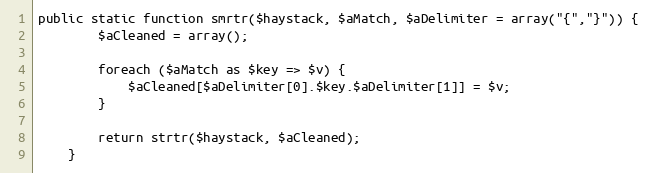
Language: PHP
public static function smrtr($haystack, $aMatch, $aDelimiter = array("{","}")) {
        $aCleaned = array();

        foreach ($aMatch as $key => $v) {
            $aCleaned[$aDelimiter[0].$key.$aDelimiter[1]] = $v;
        }

        return strtr($haystack, $aCleaned);
    }